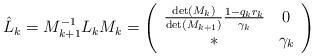
LaTeX: \begin{align*}\hat{L}_k=M_{k+1}^{-1}L_kM_{k}=\left( \begin{array}{cc} \frac{\det(M_k)}{\det(M_{k+1})}\frac{1-q_kr_k}{\gamma_k} & 0\\ *& \gamma_k\end{array} \right)\end{align*}